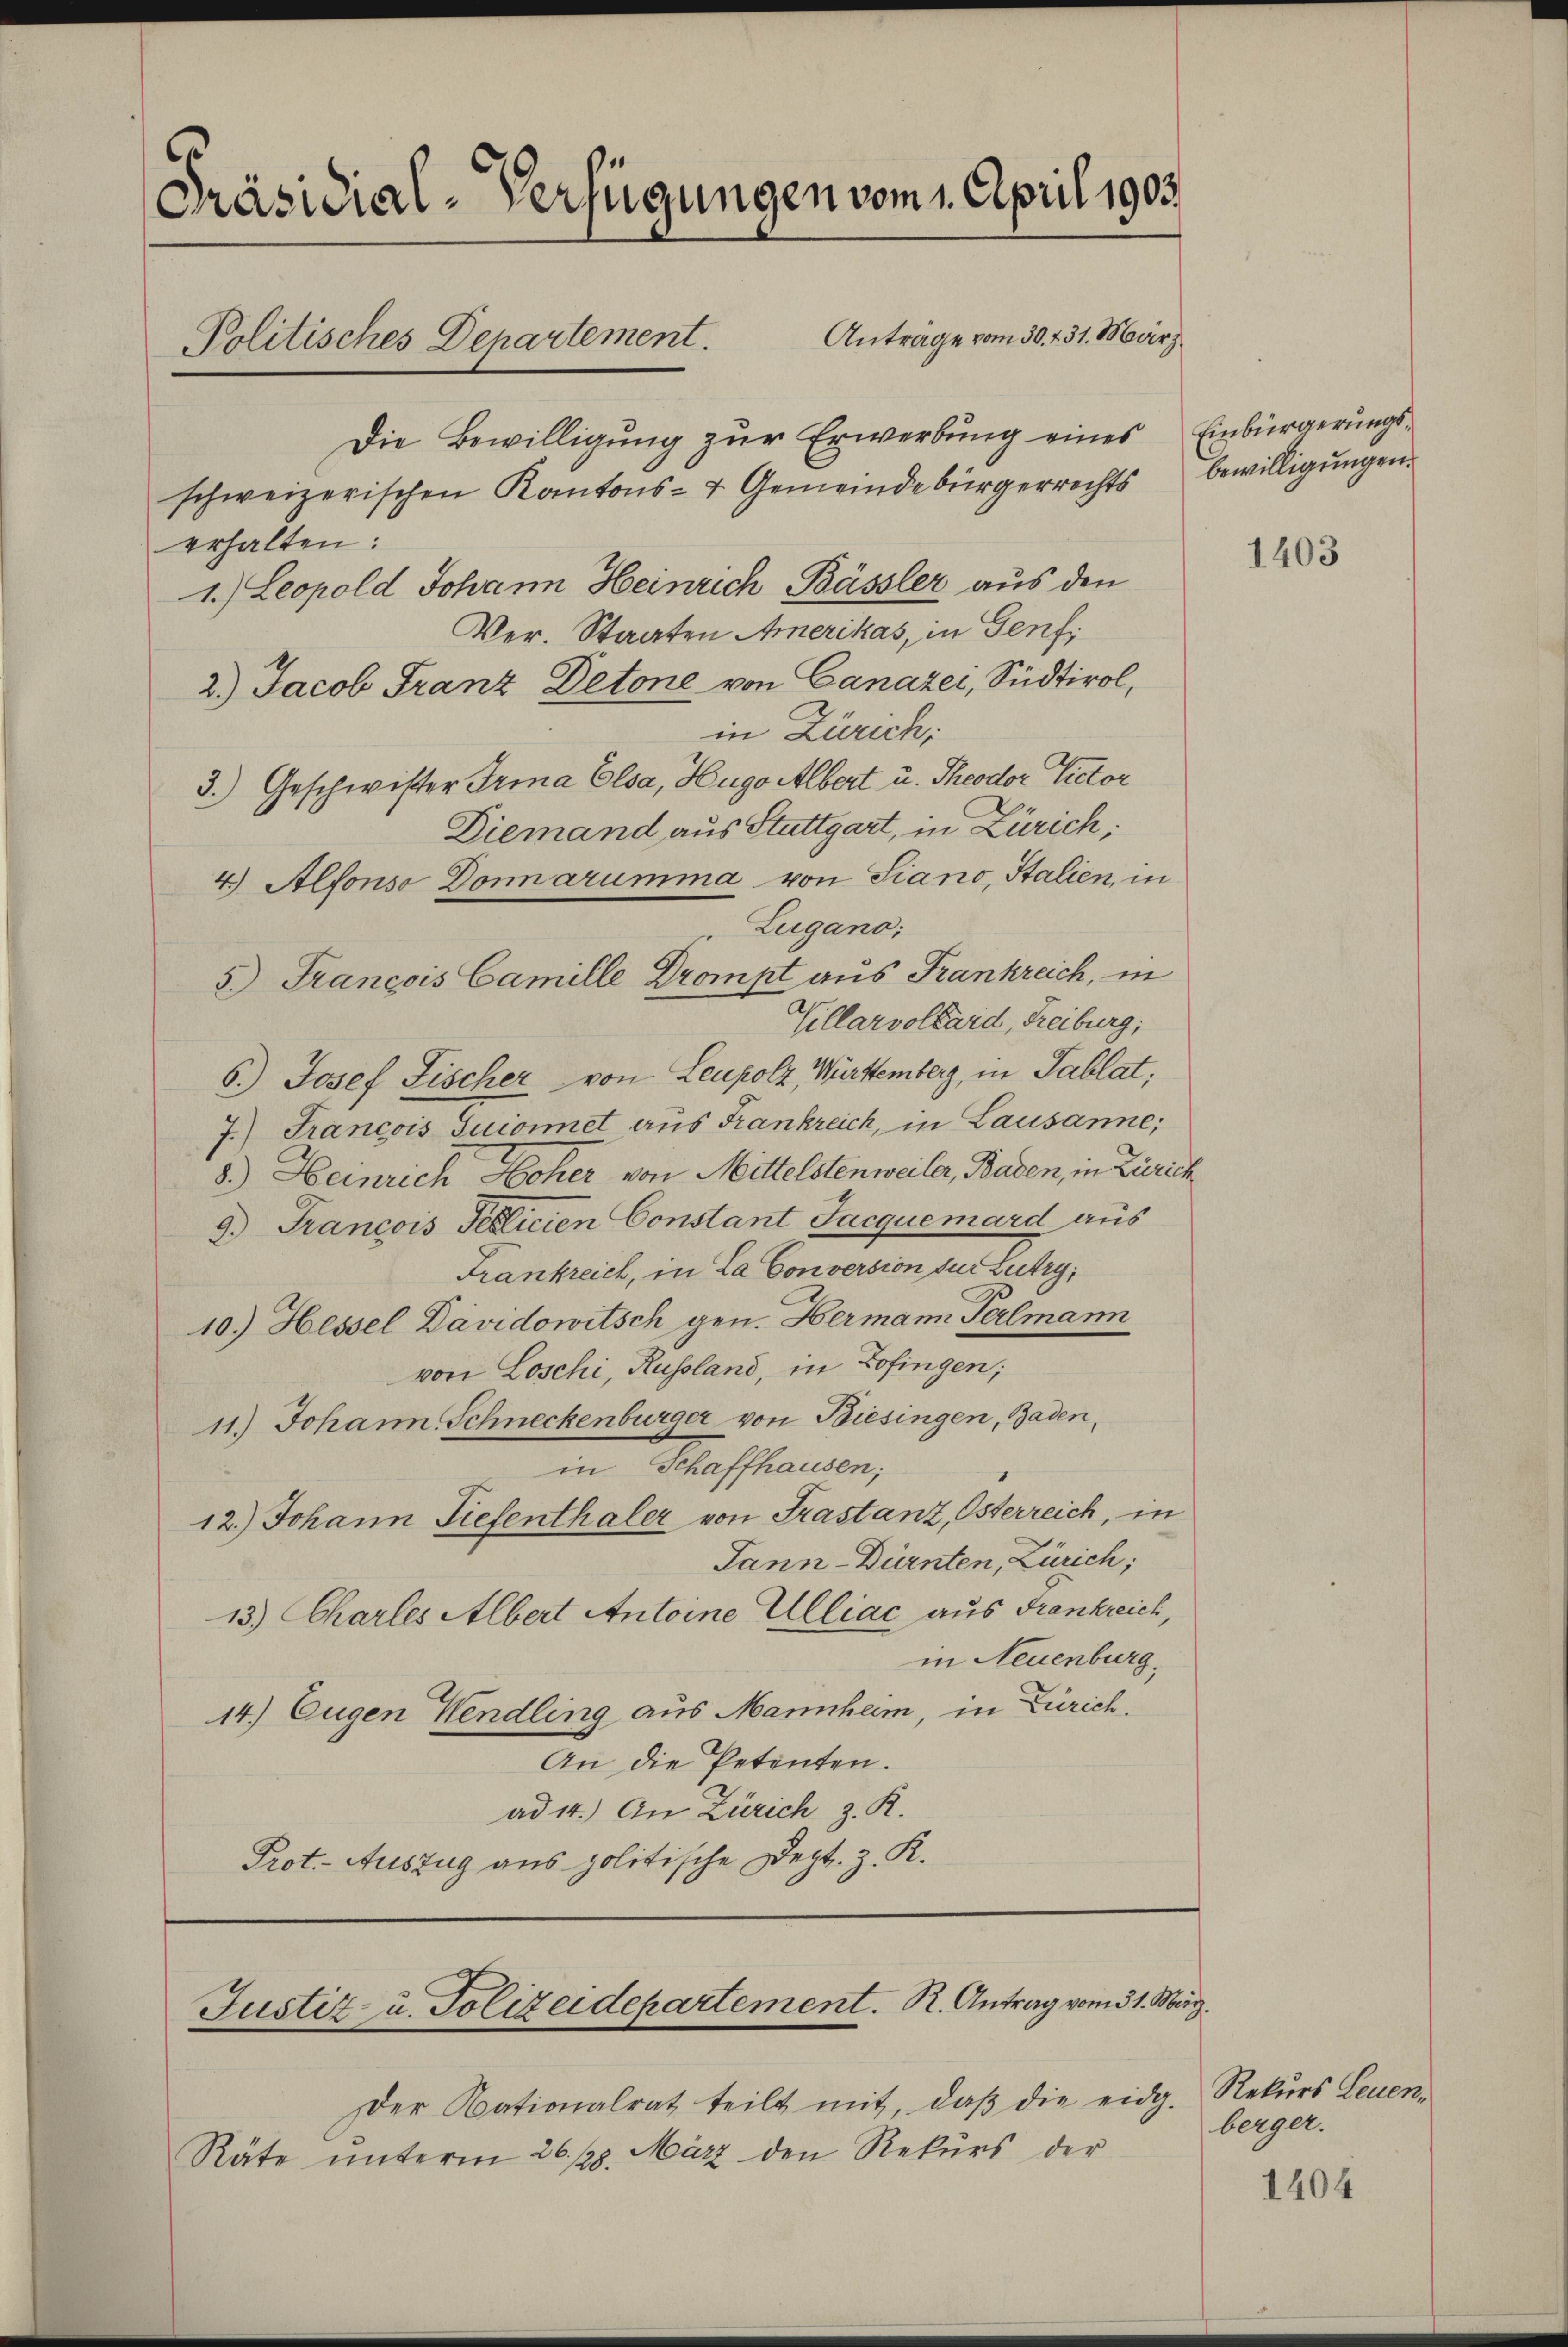
Präsidial-Verfügungen vom 1. April 1903.
Anträge vom 30. 431. März.
Politisches Departement.
Die Bewilligung zur Erwerbung eines Einbürgerungsschweizerischen Kantons- & Gemeindebürgerrechts bewilligungen.
erhalten.
1.) Leopold Johann Heinrich Bässler aus den
Ver. Staaten Amerikas, in Genf

2.) Jacob Franz Detone von Canazei, Südtirol,
in Zürich,
3.) Geschwister Trina Elsa, Hugo Albert u. Theodor Victor
Diemand aus Stuttgart, in Zürich:
4.) Alfonso Domarumma von Siano, Italien, in
Zugano;
Villarvollard, Freiburg,
6.) Josef Fischer von Leupolz, Württemberg, in Tablat,
7.) Francois Suioimet aus Frankreich, in Lausanne,
8.) Heinrich Hoher von Mittelstenweiler, Baden, in Zürich
9.) Francois Teplicien Constant Jacquemard aus
Frankreich, in La Conversion zur Lutry,
10.) Hessel Davidowitsch gen. Hermann Perlmann
von Loschi, Russland, in Zofingen;
11.) Johann Schneckenburger von Biesingen, Baden,
in Schaffhausen;
12.) Johann Tiefenthaler von Prastanz, Osterreich, in
Jann Dürnten, Zürich;
13.) Charles Albert Antoine Alliac aus Frankreich,
in Neuenburg,
14.) Eugen Hendling aus Mannheim, in Zürich.
An die Petenten.
ad 1.) An Zürich z. R.
Prot. Auszug aus politische Degt. Z. K.

5.) Francois Camille Drompt aus Frankreich, in

Justiz- u. Polizeidepartement. R. Antrag vom 31. März.

Der Nationalrat teilt mit, daβ die eidg.
Räte unterm 26. 128. März den Rekurs der

1403

Rekurs Leuenberger.

1404